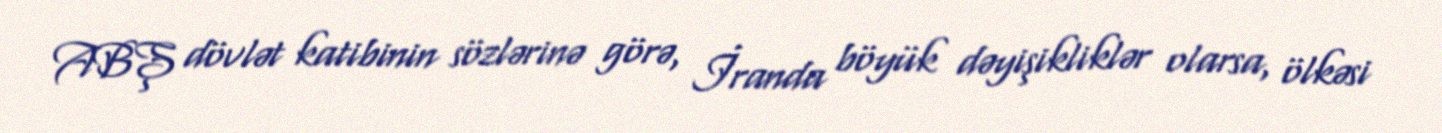
ABŞ dövlət katibinin sözlərinə görə, İranda böyük dəyişikliklər olarsa, ölkəsi